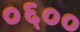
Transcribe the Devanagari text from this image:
०६००